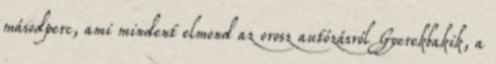
másodperc, ami mindent elmond az orosz autózásról Gyerekbakik, a